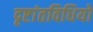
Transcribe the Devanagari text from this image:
दृष्टांतविधियों